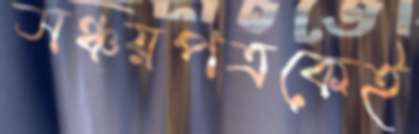
সঞ্চয়পত্রকেই